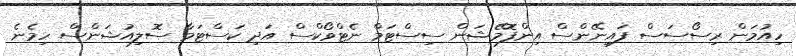
ހިއުމަން ރިސޯސަސް ފައިނޭންސް އިންފޮމޭޝަން ސިސްޓަމް ނެޓްވޯކްސް އަދި ކަސްޓަމާ ސޮލިއުޝަންސް ހިމެނެ